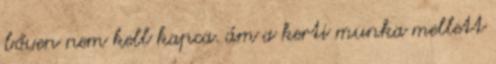
bőven nem kell kapca. ám a kerti munka mellett